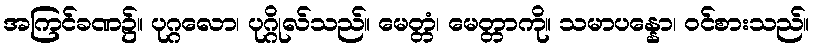
အကြင်ခဏ၌။ ပုဂ္ဂလော၊ ပုဂ္ဂိုလ်သည်။ မေတ္တံ၊ မေတ္တာကို။ သမာပန္နော၊ ဝင်စားသည်။